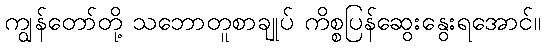
ကျွန်တော်တို့ သဘောတူစာချုပ် ကိစ္စပြန်ဆွေးနွေးရအောင်။